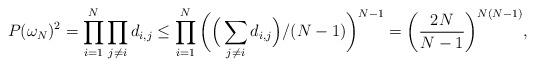
LaTeX: \begin{align*}P(\omega_N)^2 = \prod_{i=1}^N \prod_{j\not= i}d_{i,j}\leq \prod_{i=1}^N \bigg( \Big(\sum_{j\not= i} d_{i,j}\Big)/(N-1)\bigg)^{N-1}=\bigg( \frac{2N}{N-1} \bigg)^{N(N-1)},\end{align*}